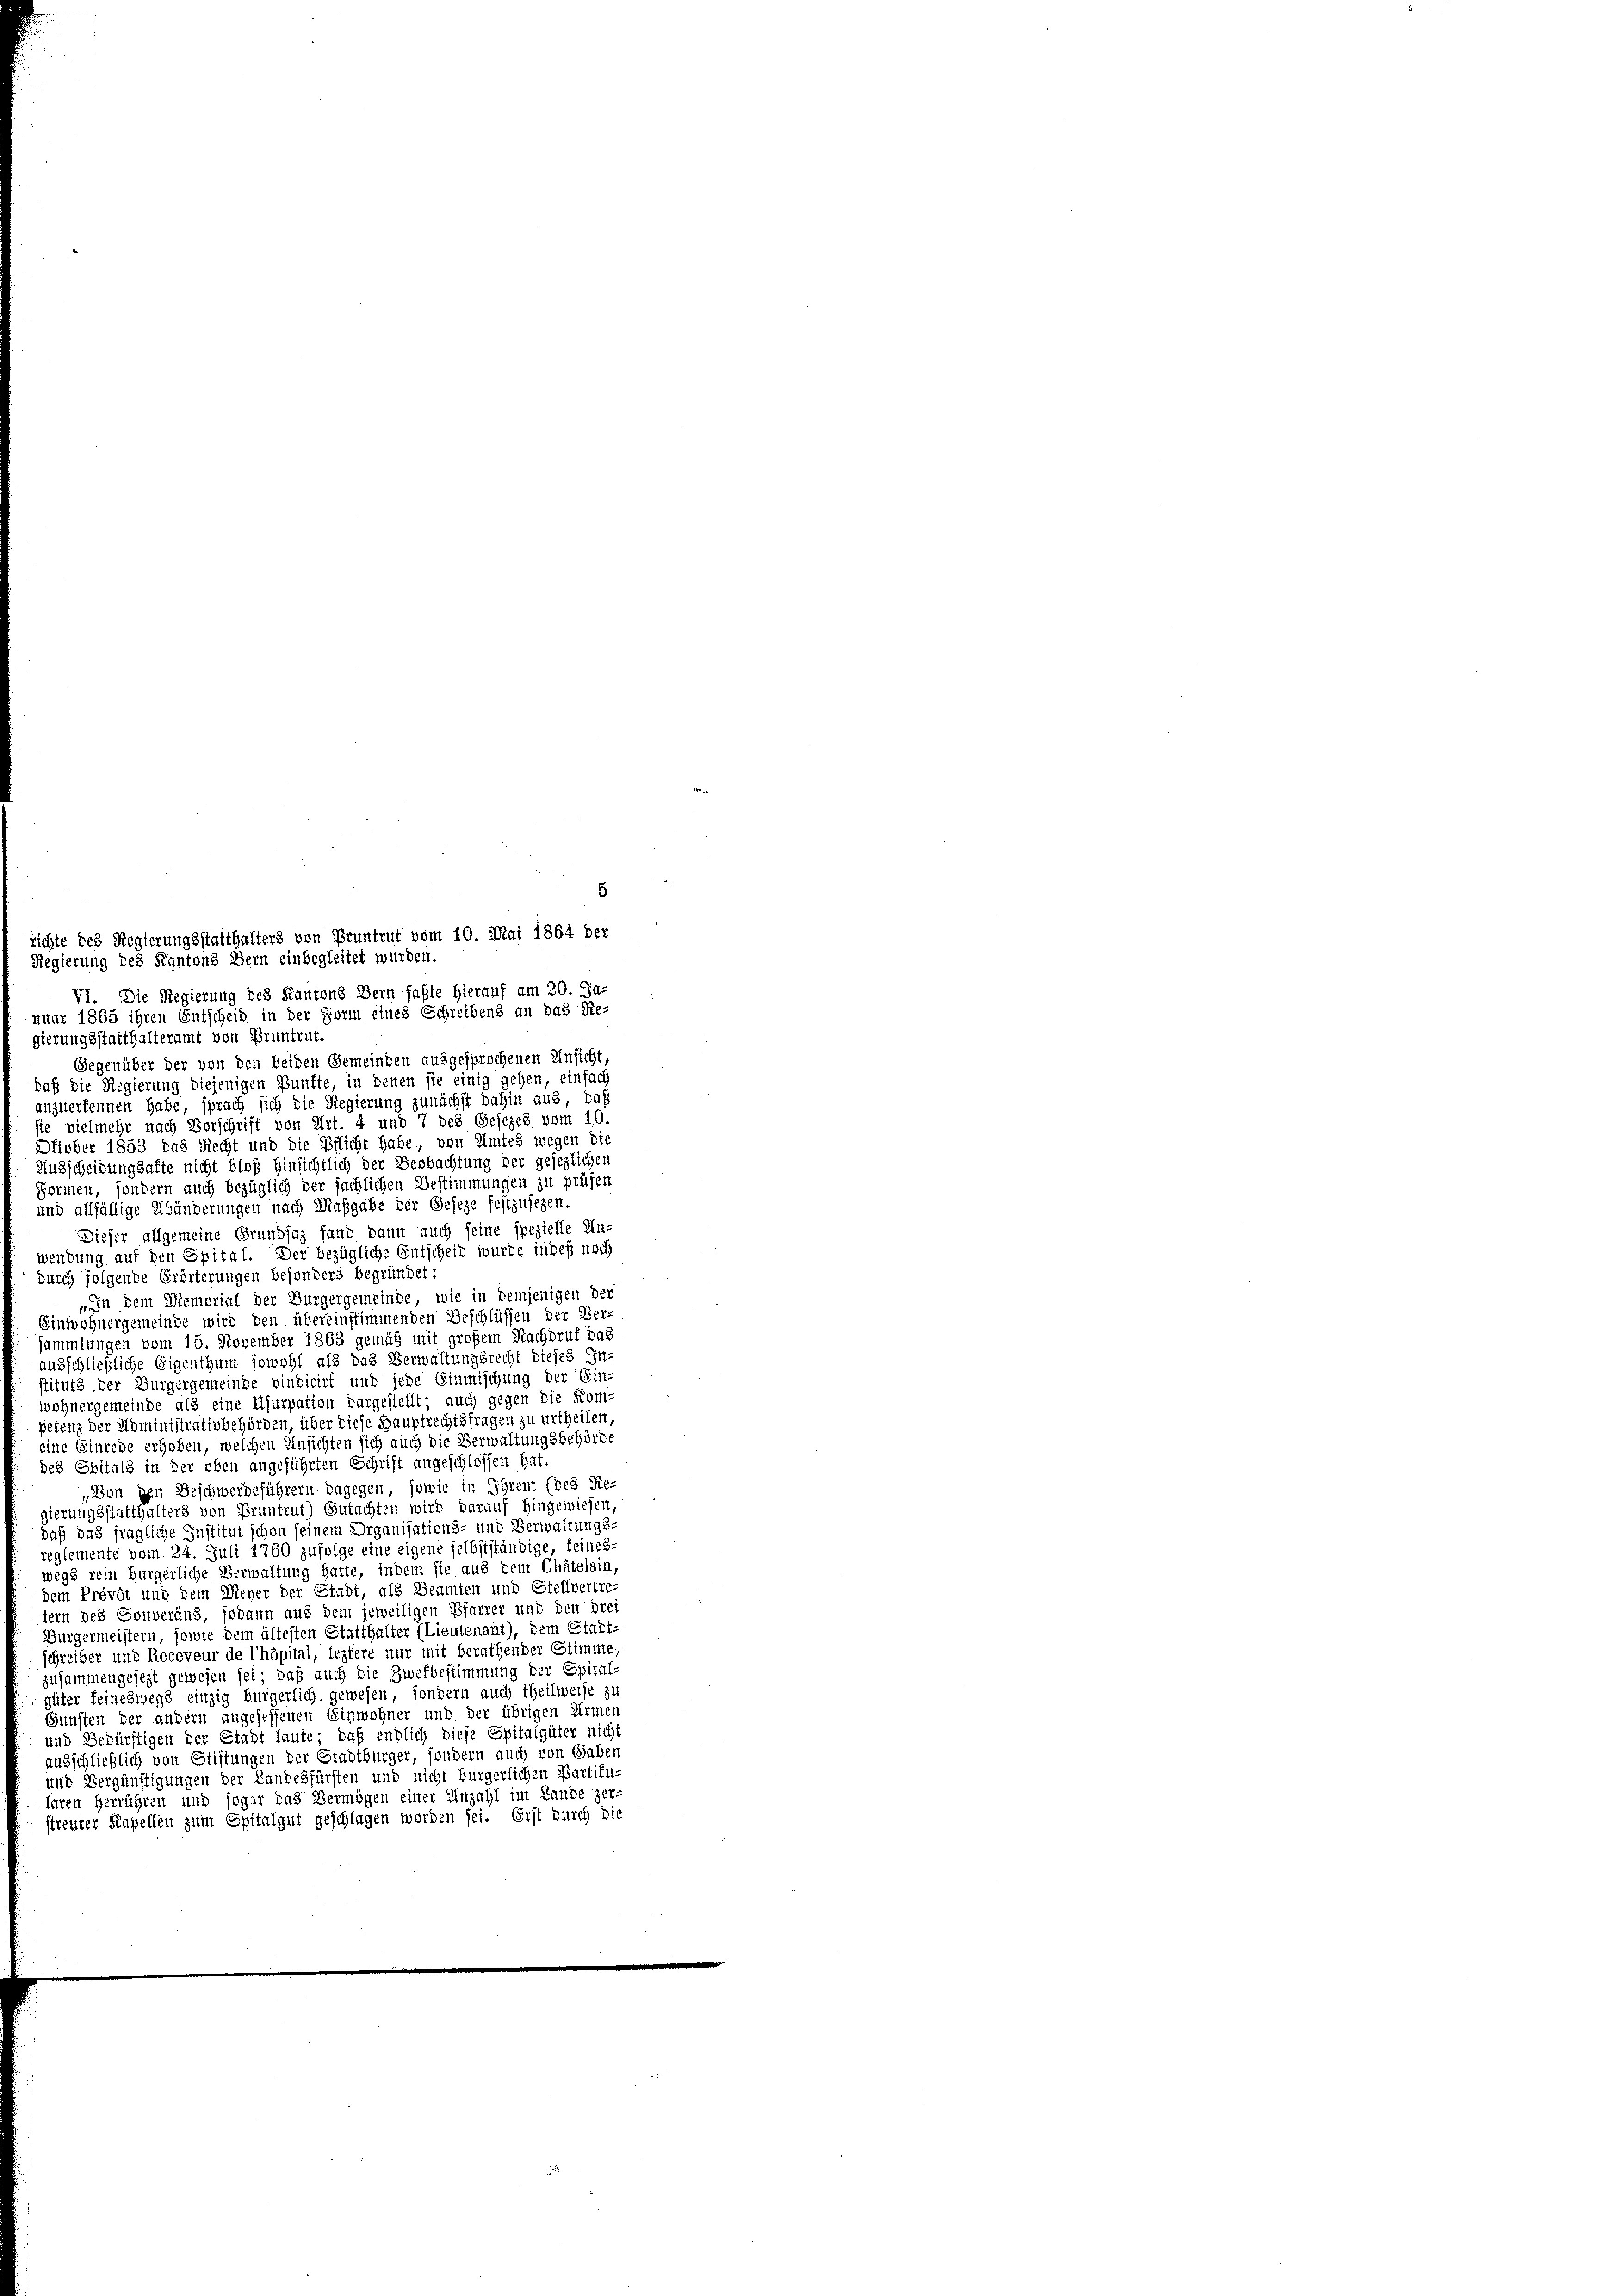
5

richte des Regierungsstatthalters von Pruntrut vom 10. Mai 1864 der
Regierung des Kantons Dein einbegleitet wurden.
VI. Die Regierung des Kantons Bern faßte hierauf am 20. Ja-
nuar 1865 ihren Entscheid in der Form eines Schreibens an das Re-
gierungsstatthalteramt von Bruntrut.
Gegenüber der von den beiden Gemeinden ausgesprochenen Unsicht
daß die Regierung diejenigen Punkte, in denen sie einig gehen, einfach
anzuerkennen habe, sprach sich die Regierung zunächst dahin aus, daß
sie vielmehr nach Vorschrift von Art. 4 und 7 des Gesezes vom 10.
Ottober 1853 das Recht und die Pflicht habe, von Amtes wegen die
Ausscheidungsakte nicht bloß hinsichtlich der Beobachtung der gesezlichen
Formen, sondern auch bezüglich der sächlichen Bestimmungen zu prüfen
und allfällige Abänderungen nach Maßgabe der Geseze festzusezen.
Dieser allgemeine Grundsaz fand dann auch seine spezielle Un-
wendung auf den Spital. Der bezügliche Entscheid wurde indeß noch
durch folgende Erörterungen besonders begründet:
„In dem Memorial der Burgergemeinde, wie in demjenigen der
Einwohnergemeinde wird den übereinstimmenden Beschlüssen der Ver-
sammlungen vom 15. November 1863 gemäß mit großem Nachdruf das
ausschließliche Eigenthum sowohl als das Verwaltungsrecht dieses In-
stituts der Burgergemeinde vindicirt und jede Einmischung der Ein-
wohnergemeinde als eine Ujurpation dargestellt; auch gegen die Kom-
petenz der Administrativbehörden, über diese Hauptrechtsfragen zu urtheilen,
eine Einrede erhoben, welchen Ansichten sich auch die Verwaltungsbehörde
des Spitals in der oben angeführten Schrift angeschlossen hat.
„Von den Beschwerdeführern dagegen, sowie in Ihrem (des Re-
gierungsstatthalters von Pruntrut) Gutachten wird darauf hingewiesen,
daß das fragliche Institut schon seinem Organisations- und Verwaltungs-
reglemente vom 24. Juli 1760 zufolge eine eigene selbstständige, feines-
wegs rein bürgerliche Verwaltung hatte, indem sie aus dem Chätelain,
dem Prévôt und dem Weber der Stadt, als Beamten und Stellvertre-
tern des Gouverand, sodann aus dem jeweiligen Pfarrer und den drei
Bürgermeistern, sowie dem ältesten Statthalter (Lieutenant), dem Statt-
schreiber und Receveur de l’höpital, leztere nur mit berathender Stimme,
zusammengesezt gewesen sei, daß auch die Zwekbestimmung der Spital-
güter feineswegs einzig bürgerlich gewesen, sondern auch theilweise zu
GGunsten der andern angesessenen Einwohner und der übrigen Armen
und Bedürftigen der Stadt laute; daß endlich diese Spitalgüter nicht
ausschließlich von Stiftungen der Stadtbürger, sondern auch von Gaben
und Vergünstigungen der Landesfürsten und nicht bürgerlichen Partitu-
faren herrühren und sogar das Vermögen einer Anzahl im Lande zer-
streuter Kapellen zum Spitalgut geschlagen worden sei. Erst durch die